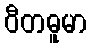
ဝီတဓူမာ